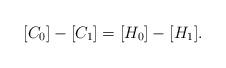
LaTeX: \begin{align*} [C_0] - [C_1] = [H_0] - [H_1]. \end{align*}